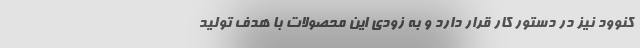
کنوود نیز در دستور کار قرار دارد و به زودی این محصولات با هدف تولید